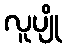
လူပျို